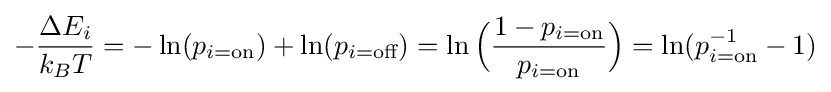
-{\frac {\Delta E_{i}}{k_{B}T}}=-\ln(p_{i={\text{on}}})+\ln(p_{i={\text{off}}})=\ln {\Big (}{\frac {1-p_{i={\text{on}}}}{p_{i={\text{on}}}}}{\Big )}=\ln(p_{i={\text{on}}}^{-1}-1)